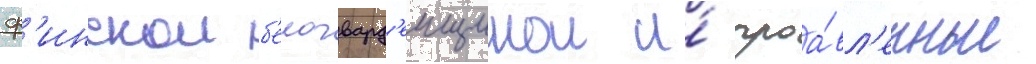
ф'инскои б'елогвард'еищинои и́ проа́вл'енные